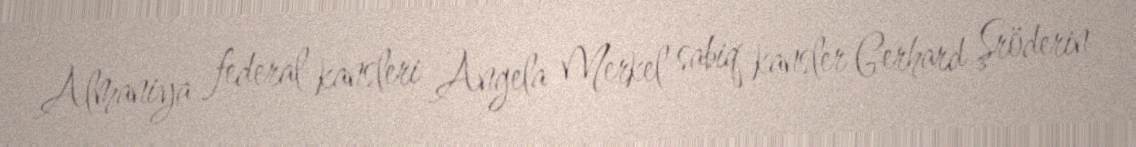
Almaniya federal kansleri Angela Merkel sabiq kansler Gerhard Şröderin